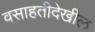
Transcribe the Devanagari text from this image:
वसाहतीदेखील